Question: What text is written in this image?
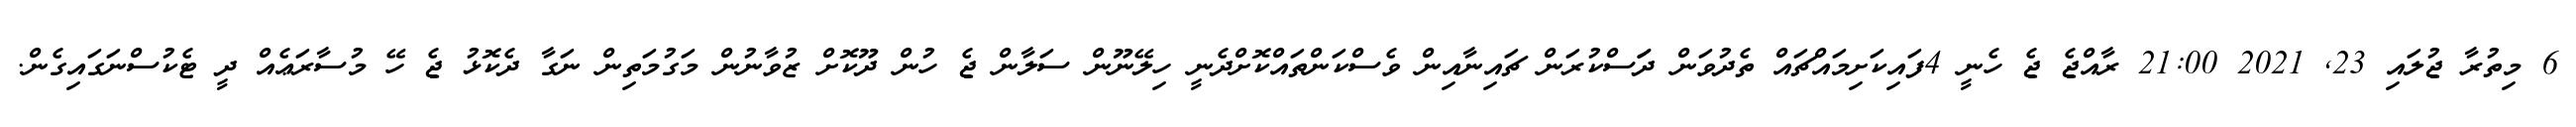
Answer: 6 މިތުރާ ޖުލައި 23, 2021 21:00 ރާއްޖެ ޖެ ހެނީ 4ފައިކަށިމައްޗައް ތެދުވަން ދަަސްކުރަން ޗައިނާއިން ވެސްކަންތައްކޮށްދެނީ ހިލޭނޫން ސަލާން ޖެ ހުން ދޫކޮށް ޒުވާނުން މަގުމަތިން ނަގާ ދެކޮޅު ޖެ ހޭ މުސާރަޢެއް ދީ ޓެކުސްނަގައިގެން.